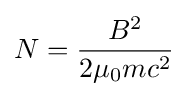
N={\frac {B^{2}}{2\mu _{0}mc^{2}}}